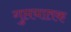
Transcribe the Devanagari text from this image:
गुप्तघातक